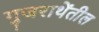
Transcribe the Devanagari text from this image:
गुजराथेंतील